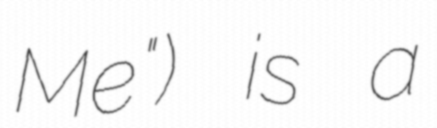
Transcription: Me") is a